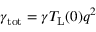
\gamma _ { \mathrm { t o t } } = \gamma T _ { \mathrm { L } } ( 0 ) q ^ { 2 }